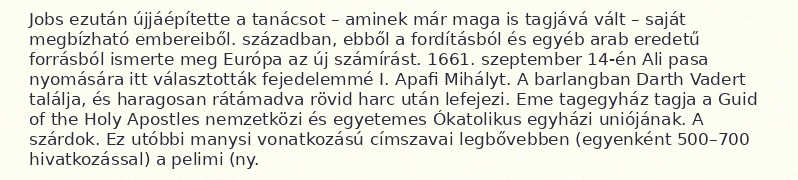
Jobs ezután újjáépítette a tanácsot – aminek már maga is tagjává vált – saját megbízható embereiből. században, ebből a fordításból és egyéb arab eredetű forrásból ismerte meg Európa az új számírást. 1661. szeptember 14-én Ali pasa nyomására itt választották fejedelemmé I. Apafi Mihályt. A barlangban Darth Vadert találja, és haragosan rátámadva rövid harc után lefejezi. Eme tagegyház tagja a Guid of the Holy Apostles nemzetközi és egyetemes Ókatolikus egyházi uniójának. A szárdok. Ez utóbbi manysi vonatkozású címszavai legbővebben (egyenként 500–700 hivatkozással) a pelimi (ny.